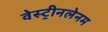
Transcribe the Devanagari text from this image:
वेस्ट्रीनलेनम